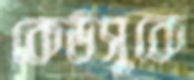
কেউসুকে